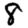
Digit: 8